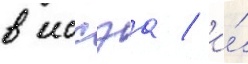
в иссэа / и́